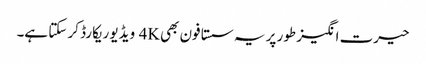
حیرت انگیز طور پر یہ سستا فون بھی 4K ویڈیو ریکارڈ کر سکتا ہے۔